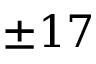
\pm 1 7